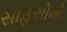
સાહસોનો